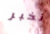
نخبر